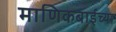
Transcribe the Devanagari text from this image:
माणिकबाईंच्या